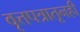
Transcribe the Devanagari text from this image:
वृत्तपत्रातूनही